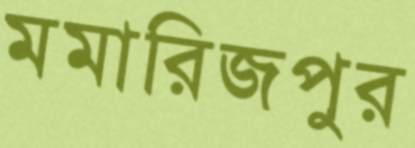
মমারিজপুর